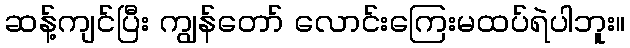
ဆန့်ကျင်ပြီး ကျွန်တော် လောင်းကြေးမထပ်ရဲပါဘူး။